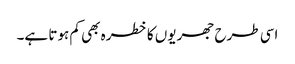
اسی طرح جھریوں کا خطرہ بھی کم ہوتا ہے۔